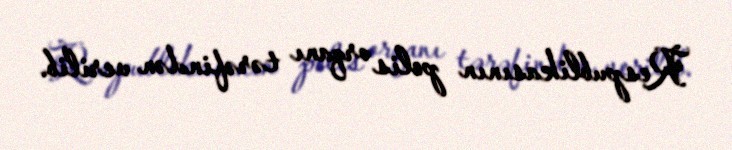
Respublikasının polis orqanı tərəfindən verilib.